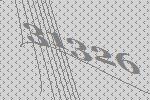
31326